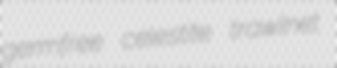
germfree celestite trawlnet